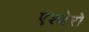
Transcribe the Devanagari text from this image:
एश्थेरो